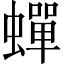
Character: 蟬